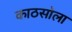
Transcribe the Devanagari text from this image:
काठसोला